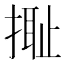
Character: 𢲮